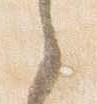
之